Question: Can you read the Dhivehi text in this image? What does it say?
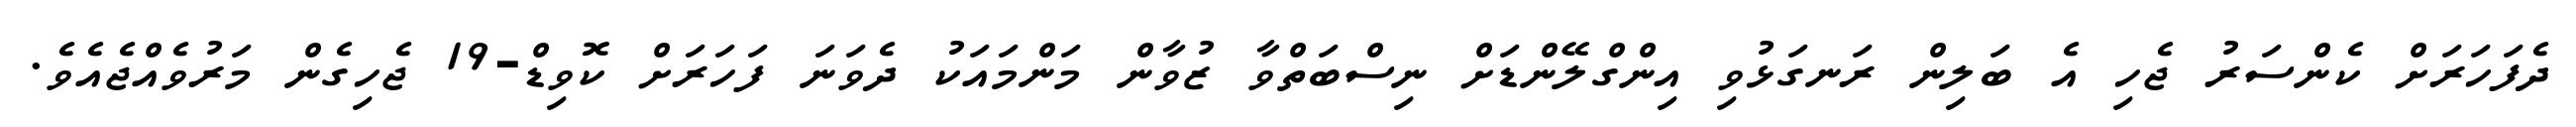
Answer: ދެފަހަރަށް ކެންސަރު ޖެހި އެ ބަލިން ރަނގަޅުވި އިންގްލޭންޑަށް ނިސްބަތްވާ ޒުވާން މަންމައަކު ދެވަނަ ފަހަރަށް ކޮވިޑް-19 ޖެހިގެން މަރުވެއްޖެއެވެ.